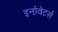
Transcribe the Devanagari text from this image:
इनोवेटर्स